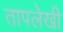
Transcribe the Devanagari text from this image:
तापलेखी